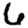
Digit: 6